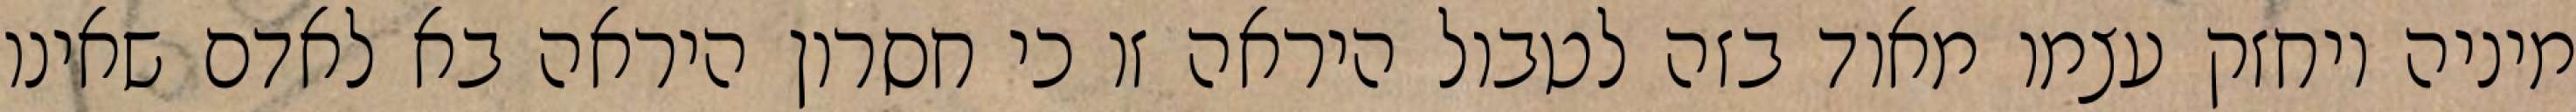
מיניה ויחזק עצמו מאוד בזה לטבול היראה זו כי חסרון היראה בא לאדם שאינו